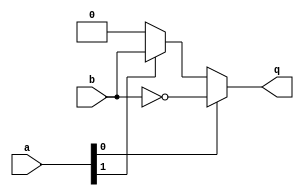
module ex9(q , a, b);
   output q;
   reg 	  q;
   input [1:0] a;
   input       b;
   always @(*) begin
      q = 0;
      if (a[0]) q = ~b;
      else if (a[1])      q = b;
   end
endmodule